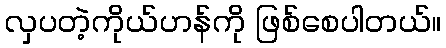
လှပတဲ့ကိုယ်ဟန်ကို ဖြစ်စေပါတယ်။